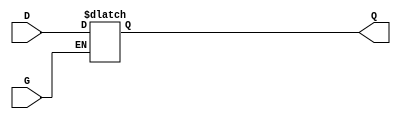
module gated_transparent_latch (
    input wire D,      // Data Input
    input wire G,      // Gate/Enable Input
    output reg Q       // Output
);

// Always block to implement the latch behavior
always @(*) begin
    if (G) begin
        Q = D;        // When G is high, Q follows D
    end else begin
        // When G is low, Q holds its last value
        // No assignment needed here, as Q retains its value
        // This is implicit in the behavior of a latch
    end
end

endmodule